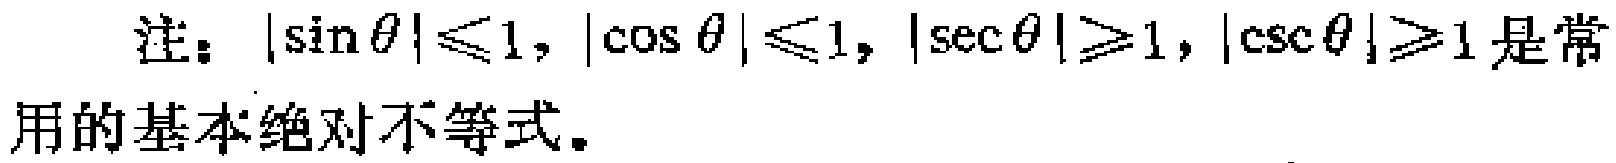
注：$|\sin\theta|\leq1,|\cos\theta|\leq1,|\sec\theta|\geq1,|\csc\theta|\geq1$ 是常用的基本绝对不等式。